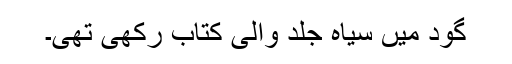
گود میں سیاہ جلد والی کتاب رکھی تھی۔